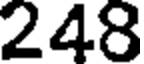
248